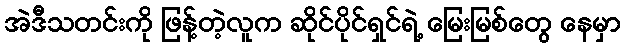
အဲဒီသတင်းကို ဖြန့်တဲ့လူက ဆိုင်ပိုင်ရှင်ရဲ့ မြေးမြစ်တွေ နေမှာ